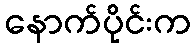
နောက်ပိုင်းက